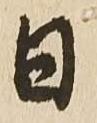
日